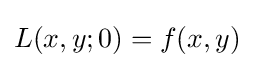
L(x,y;0)=f(x,y)